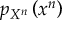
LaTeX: p _ { X ^ { n } } \left( x ^ { n } \right)